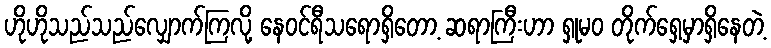
ဟိုဟိုသည်သည်လျှောက်ကြလို့ နေဝင်ရီသရောရှိတော့ ဆရာကြီးဟာ ရှုမဝ တိုက်ရှေ့မှာရှိနေတဲ့